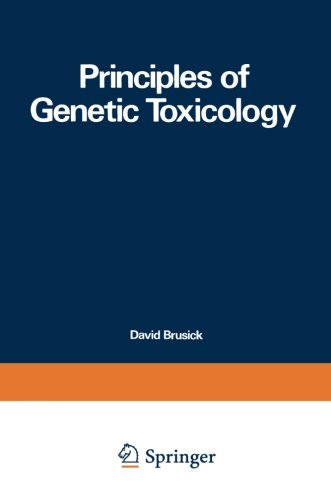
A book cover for Principles of Genetic Toxicology; David Brusick; Medical Books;